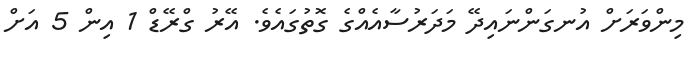
މިންވަރަށް އުނގަންނައިދޭ މަދަރުސާއެއްގެ ގޮތުގައެވެ. އޭރު ގްރޭޑް 1 އިން 5 އަށް